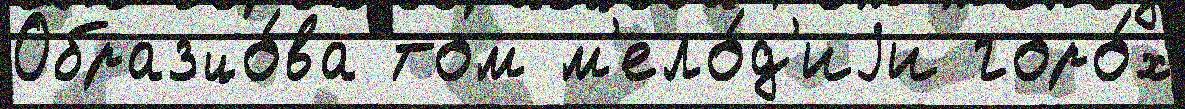
Образцо́ва том м'ело́д'иjи горо́х